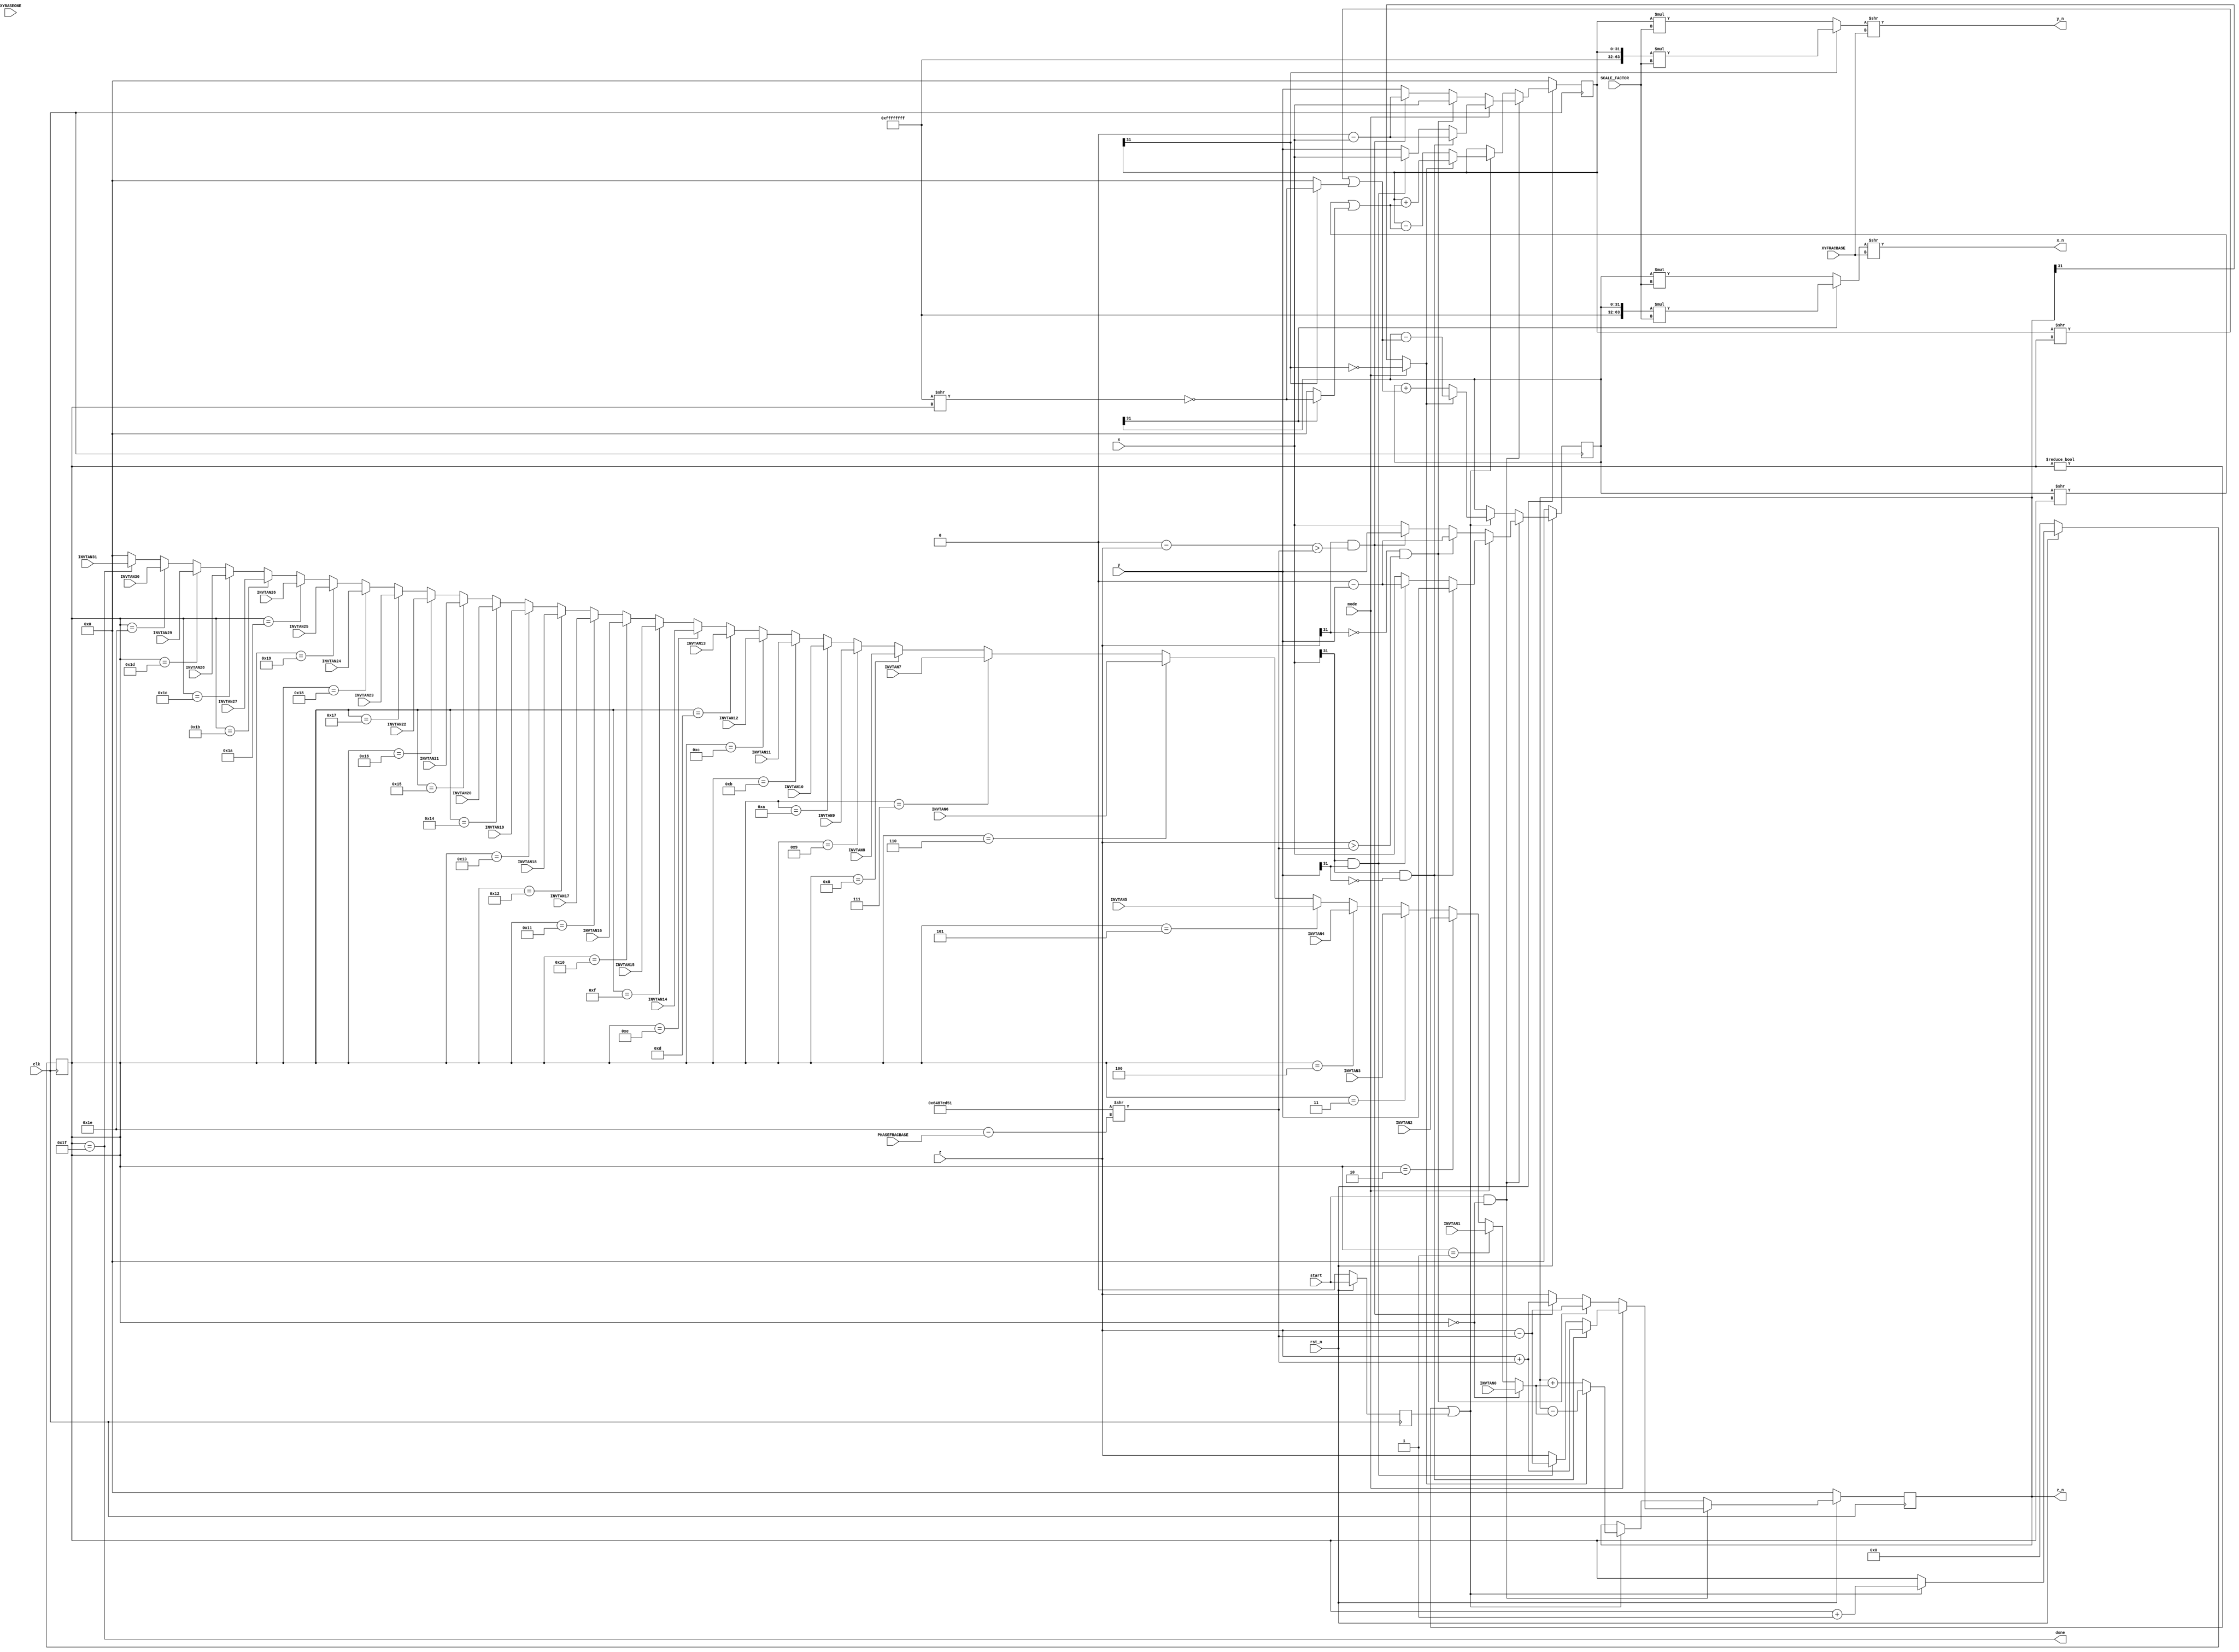
module cordic (rst_n, clk, x, y, z, mode, x_n, y_n, z_n, start, done,
               XYFRACBASE, PHASEFRACBASE,
               SCALE_FACTOR, XYBASEONE,
               INVTAN0, INVTAN1, INVTAN2, INVTAN3, INVTAN4, INVTAN5, INVTAN6, INVTAN7,
               INVTAN8, INVTAN9, INVTAN10,
               INVTAN11, INVTAN12, INVTAN13, INVTAN14, INVTAN15, INVTAN16, INVTAN17,
               INVTAN18, INVTAN19, INVTAN20,
               INVTAN21, INVTAN22, INVTAN23, INVTAN24, INVTAN25, INVTAN26, INVTAN27,
               INVTAN28, INVTAN29, INVTAN30, INVTAN31);
parameter N = 32;
input rst_n; // Reset
input clk; // Clock
input [N-1:0] x; //
input [N-1:0] y; //
input [N-1:0] z; //
input mode; // Mode = '1' Vectoring, Mode = 0 Rotation
input start; // Indicate start of the codic iteration cycle
output [N-1:0] x_n;
output [N-1:0] y_n;
output [N-1:0] z_n;
output done; // Indicates end of cordic iteration cycles
input [4:0] XYFRACBASE, PHASEFRACBASE;
input [31:0] SCALE_FACTOR, XYBASEONE;
input [31:0] INVTAN0, INVTAN1, INVTAN2, INVTAN3, INVTAN4, INVTAN5, INVTAN6, INVTAN7,
      INVTAN8, INVTAN9, INVTAN10;
input [31:0] INVTAN11, INVTAN12, INVTAN13, INVTAN14, INVTAN15, INVTAN16, INVTAN17,
      INVTAN18, INVTAN19, INVTAN20;
input [31:0] INVTAN21, INVTAN22, INVTAN23, INVTAN24, INVTAN25, INVTAN26, INVTAN27,
      INVTAN28, INVTAN29, INVTAN30, INVTAN31;
wire d;
reg [4:0] counter;
reg [31:0] x_prev, y_prev, z_prev;
reg start_iter;
wire [31:0] sig_x_prev_d0, sig_y_prev_d0, sig_z_prev_d0;
wire [31:0] sig_x_prev_d1, sig_y_prev_d1, sig_z_prev_d1;
wire [31:0] x_mask, y_mask, x_shift, y_shift ;
wire [31:0] inv_tan;
wire [63:0] x_mult, y_mult;
wire [63:0] x_mult1, y_mult1;
wire [31:0] neg_z;
always @(posedge clk) begin
    if (~rst_n) begin
        counter <= 5'h0;
        start_iter <= 1'b0;
    end
    else begin
        start_iter <= start;
        if ((start_iter == 1'b1) || (counter != 5'h0))
            counter <= counter + 1;
    end
end
assign done = (counter == 5'h1F);
assign d = (mode)? (~(y_prev[31])) : z_prev[31]; // d = 0 add, d=1 subtract
assign neg_z = 'h0 - z;
always @(posedge clk) begin
    if (~rst_n) begin
        x_prev <= 32'h0;
        y_prev <= 32'h0;
        z_prev <= 32'h0;
    end
    else
        if (start == 1'b1 && counter == 5'h0) begin
            // Check if coarse rotation need to be performed. If yes, do it !
            if (mode == 1'b0) // Rotation
            begin
                if (z[31] == 1'b0 && z > (32'h6487ED51 >> (5'h1E - PHASEFRACBASE))) begin
                    x_prev <= 'h0 - y;
                    y_prev <= x;
                    z_prev <= z - (32'h6487ED51 >> (5'h1E -
                                                    PHASEFRACBASE));
                end
                else if ((z[31] == 1'b1) && neg_z > (32'h6487ED51 >>
                                                     (5'h1E - PHASEFRACBASE))) begin
                    x_prev <= y;
                    y_prev <= 'h0 - x;
                    z_prev <= z + (32'h6487ED51 >> (5'h1E -
                                                    PHASEFRACBASE));
                end
                else begin
                    x_prev <= x;
                    y_prev <= y;
                    z_prev <= z;
                end
            end
            else // Vectoring
            begin
                if (x[31] == 1'b1 && y[31] == 1'b0) // x < 0, y > 0
                begin
                    x_prev <= y;
                    y_prev <= 'h0 - x;
                    z_prev <= z + (32'h6487ED51 >> (5'h1E -
                                                    PHASEFRACBASE));
                end
                else if (x[31] == 1'b1 && y[31] == 1'b1) // x < 0, y > 0
                begin
                    x_prev <= 'h0 - y;
                    y_prev <= x;
                    z_prev <= z - (32'h6487ED51 >> (5'h1E -
                                                    PHASEFRACBASE));
                end
                else begin
                    x_prev <= x;
                    y_prev <= y;
                    z_prev <= z;
                end
            end
        end
        else if (counter != 5'h0 || start_iter == 1'b1) begin
            if (d == 0) begin
                // x_prev <= x_prev - y_shift;
                // y_prev <= y_prev + x_shift;
                // z_prev <= z_prev - inv_tan;
                x_prev <= sig_x_prev_d0;
                y_prev <= sig_y_prev_d0;
                z_prev <= sig_z_prev_d0;
            end
            else begin
                // x_prev <= x_prev + y_shift;
                // y_prev <= y_prev - x_shift;
                // z_prev <= z_prev + inv_tan;
                x_prev <= sig_x_prev_d1;
                y_prev <= sig_y_prev_d1;
                z_prev <= sig_z_prev_d1;
            end
        end
end
// d = 0 adders
// adder adder_inst1 (.a_in(x_prev), .b_in(y_shift), .add_nsub(1'b0),
//                    .s_out(sig_x_prev_d0));
assign sig_x_prev_d0 = x_prev + y_shift;
// adder adder_inst2 (.a_in(y_prev), .b_in(x_shift), .add_nsub(1'b1),
//                    .s_out(sig_y_prev_d0));
assign sig_y_prev_d0 = y_prev - x_shift;
// adder adder_inst3 (.a_in(z_prev), .b_in(inv_tan), .add_nsub(1'b0),
//                    .s_out(sig_z_prev_d0));
assign sig_z_prev_d0 = z_prev + inv_tan;
// d = 1 adders
// adder adder_inst4 (.a_in(x_prev), .b_in(y_shift), .add_nsub(1'b1),
//                    .s_out(sig_x_prev_d1));
assign sig_x_prev_d1 = x_prev - y_shift;
// adder adder_inst5 (.a_in(y_prev), .b_in(x_shift), .add_nsub(1'b0),
//                    .s_out(sig_y_prev_d1));
assign sig_y_prev_d1 = y_prev + x_shift;
// adder adder_inst6 (.a_in(z_prev), .b_in(inv_tan), .add_nsub(1'b1),
//                    .s_out(sig_z_prev_d1));
assign sig_z_prev_d1 = z_prev - inv_tan;

assign y_shift = (y_prev >> counter) | y_mask ;
assign y_mask = ~(y_prev[31]) ? 32'h0 : ~(32'hFFFFFFFF >> counter);
assign x_shift = (x_prev >> counter) | x_mask ;
assign x_mask = ~(x_prev[31]) ? 32'h0 : ~(32'hFFFFFFFF >> counter);
assign x_mult = (x_prev[31])? ({32'hFFFFFFFF, x_prev} * SCALE_FACTOR) : (x_prev *
        SCALE_FACTOR );
assign y_mult = (y_prev[31])? ({32'hFFFFFFFF, y_prev} * SCALE_FACTOR) : (y_prev *
        SCALE_FACTOR );
assign x_mult1 = x_mult >> XYFRACBASE;
assign y_mult1 = y_mult >> XYFRACBASE;
assign x_n = x_mult1[31:0];
assign y_n = y_mult1[31:0];
assign z_n = z_prev;
assign inv_tan = (counter == 5'd0) ? INVTAN0 :
       (counter == 5'd1) ? INVTAN1 :
       (counter == 5'd2) ? INVTAN2 :
       (counter == 5'd3) ? INVTAN3 :
       (counter == 5'd4) ? INVTAN4 :
       (counter == 5'd5) ? INVTAN5 :
       (counter == 5'd6) ? INVTAN6 :
       (counter == 5'd7) ? INVTAN7 :
       (counter == 5'd8) ? INVTAN8 :
       (counter == 5'd9) ? INVTAN9 :
       (counter == 5'd10) ? INVTAN10 :
       (counter == 5'd11) ? INVTAN11 :
       (counter == 5'd12) ? INVTAN12 :
       (counter == 5'd13) ? INVTAN13 :
       (counter == 5'd14) ? INVTAN14 :
       (counter == 5'd15) ? INVTAN15 :
       (counter == 5'd16) ? INVTAN16 :
       (counter == 5'd17) ? INVTAN17 :
       (counter == 5'd18) ? INVTAN18 :
       (counter == 5'd19) ? INVTAN19 :
       (counter == 5'd20) ? INVTAN20 :
       (counter == 5'd21) ? INVTAN21 :
       (counter == 5'd22) ? INVTAN22 :
       (counter == 5'd23) ? INVTAN23 :
       (counter == 5'd24) ? INVTAN24 :
       (counter == 5'd25) ? INVTAN25 :
       (counter == 5'd26) ? INVTAN26 :
       (counter == 5'd27) ? INVTAN27 :
       (counter == 5'd28) ? INVTAN28 :
       (counter == 5'd29) ? INVTAN29 :
       (counter == 5'd30) ? INVTAN30 :
       (counter == 5'd31) ? INVTAN31 : 32'h00000000;
endmodule